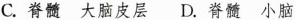
C.脊髓大脑皮层D.脊髓小脑